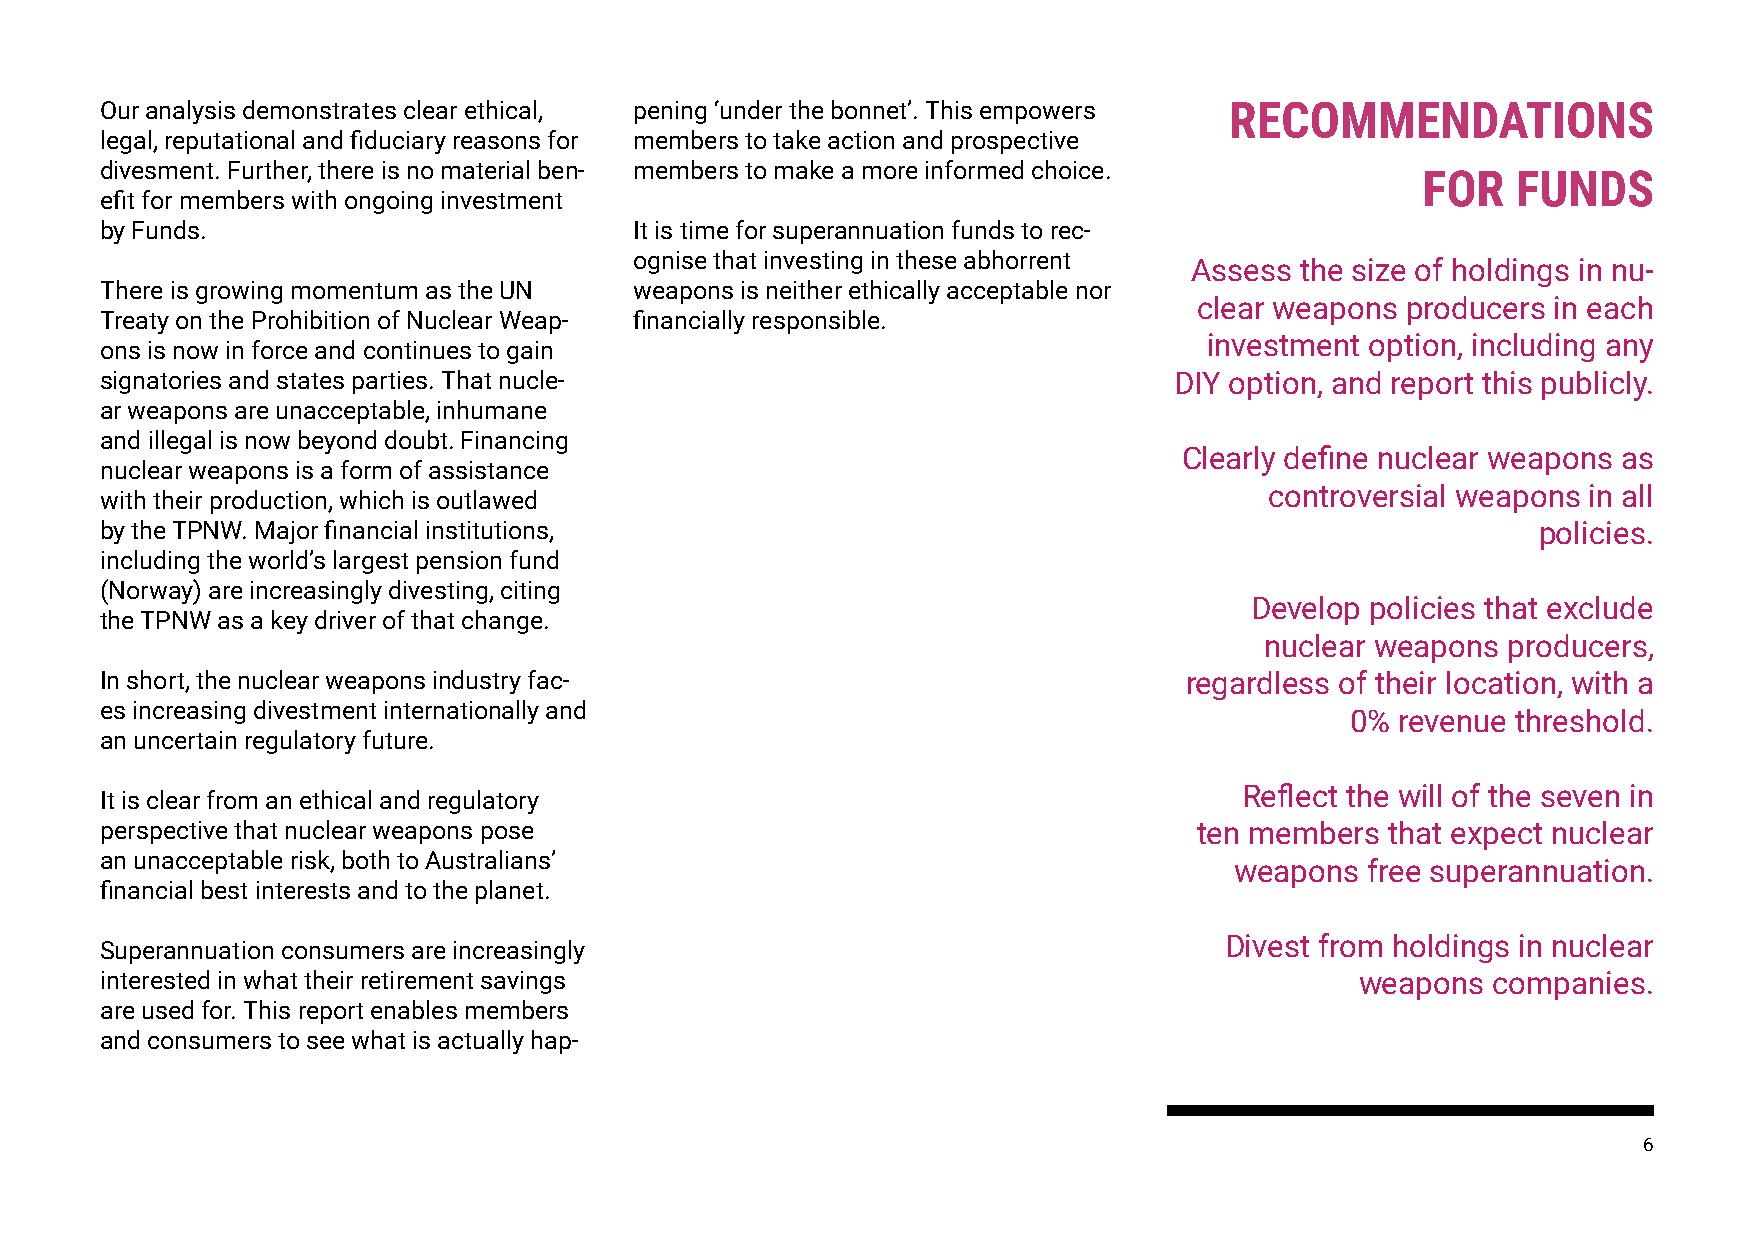
Our analysis demonstrates clear ethical, pening ‘under the bonnet’. This empowers RECOMMENDATIONS
 legal, reputational and fiduciary reasons for members to take action and prospective
 divesment. Further, there is no material ben- members to make a more informed choice.
 FOR   FUNDS
 efit for members with ongoing investment
 by Funds.                          It is time for superannuation funds to rec-
 ognise that investing in these abhorrent
 Assess the size of holdings in nu-
 There is growing momentum as the UN weapons is neither ethically acceptable nor
 clear weapons producers in each
 Treaty on the Prohibition of Nuclear Weap- financially responsible.
 investment option, including any
 ons is now in force and continues to gain
 signatories and states parties. That nucle-                            DIY option, and report this publicly.
 ar weapons are unacceptable, inhumane
 and illegal is now beyond doubt. Financing
 Clearly define nuclear weapons as
 nuclear weapons is a form of assistance
 controversial weapons in all
 with their production, which is outlawed
 by the TPNW. Major financial institutions,                                                     policies.
 including the world’s largest pension fund
 (Norway) are increasingly divesting, citing
 Develop policies that exclude
 the TPNW as a key driver of that change.
 nuclear weapons producers,
 In short, the nuclear weapons industry fac-                            regardless of their location, with a
 es increasing divestment internationally and
 0%  revenue threshold.
 an uncertain regulatory future.
 Reflect the will of the seven in
 It is clear from an ethical and regulatory
 perspective that nuclear weapons pose                                   ten members  that expect nuclear
 an unacceptable risk, both to Australians’
 weapons  free superannuation.
 financial best interests and to the planet.
 Divest from holdings in nuclear
 Superannuation consumers are increasingly
 interested in what their retirement savings                                        weapons  companies.
 are used for. This report enables members
 and consumers to see what is actually hap-
 6